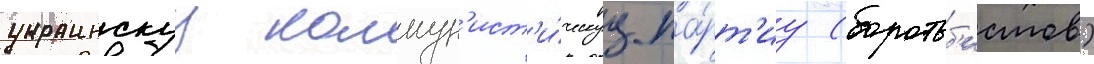
украинскуу коммун'ист'и́ческуу па́рт'иу (боротьб'истов)